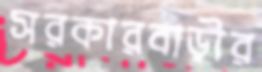
সরকারবাড়ীর